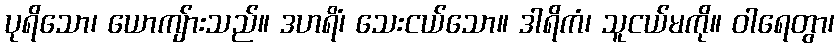
ပုရိသော၊ ယောကျ်ားသည်။ ဒဟရိံ၊ သေးငယ်သော။ ဒါရိကံ၊ သူငယ်မကို။ ဝါရေတွာ၊